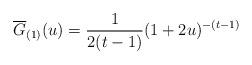
LaTeX: \begin{align*} \overline{G}_{(1)}(u)=\frac{1}{2(t-1)}(1+2u)^{-(t-1)} \end{align*}